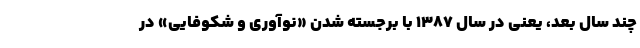
چند سال بعد، یعنی در سال ۱۳۸۷ با برجسته شدن «نوآوری و شکوفایی» در